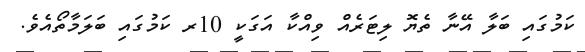
ކަމުގައި ބަލާ އޭނާ ތެޔޮ ލިޓަރެއް ވިއްކާ އަގަކީ 10ރ ކަމުގައި ބަލަމާތޯއެވެ.